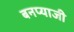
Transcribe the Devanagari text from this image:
बनप्याजी